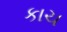
કાચ